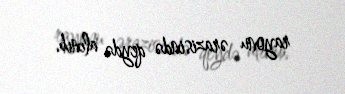
rayonu ərazisində qeydə alınıb.